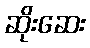
ဆိုးဆေး